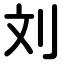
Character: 刘